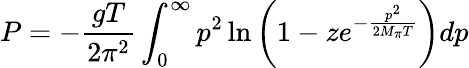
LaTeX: P=-\frac{gT}{2\pi^{2}}\int_{0}^{\infty}p^{2}\ln\left(1-ze^{-\frac{p^{2}}{2M_{\pi}T}}\right)dp